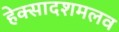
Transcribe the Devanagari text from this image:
हेक्सादशमलव